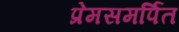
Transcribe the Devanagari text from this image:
प्रेमसमर्पित